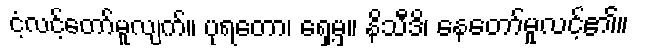
ငံ့လင့်တော်မူလျက်။ ပုရတော၊ ရှေ့မှ။ နိသီဒိ၊ နေတော်မူလင့်၏။